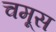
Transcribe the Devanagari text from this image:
चमूस